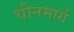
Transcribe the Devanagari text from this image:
चीनमार्गे